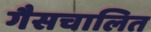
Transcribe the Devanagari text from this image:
गैसचालित